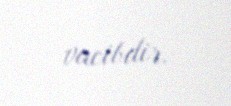
vacibdir.